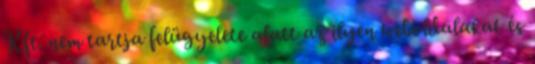
Kft. nem tartja felügyelete alatt az ilyen weboldalakat és